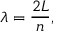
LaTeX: \lambda = { \frac { 2 L } { n } } ,